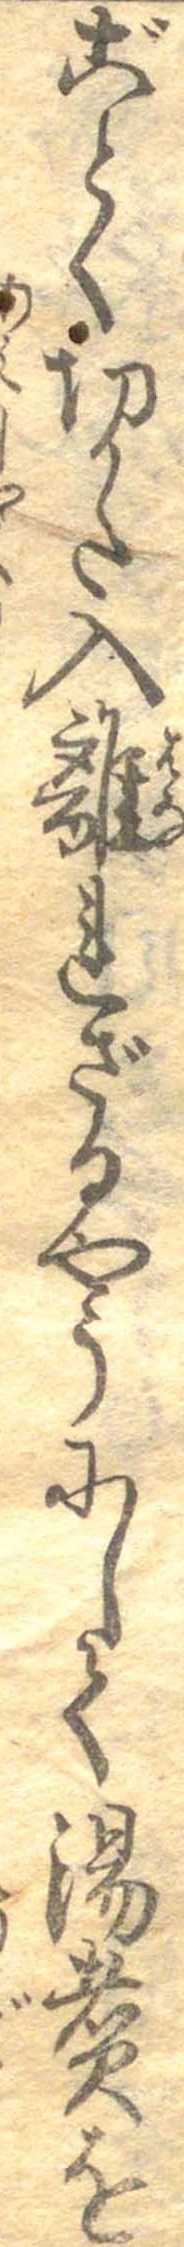
ごとく切かた入離れざるやうにして湯煮を